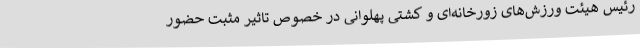
رئیس هیئت ورزش‌های زورخانه‌ای و کشتی پهلوانی در خصوص تاثیر مثبت حضور